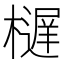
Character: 𱤥